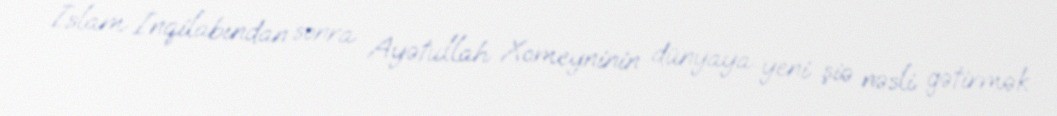
İslam İnqilabından sonra Ayətullah Xomeyninin dünyaya yeni şiə nəsli gətirmək